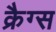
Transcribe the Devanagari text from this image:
क्रैग्स